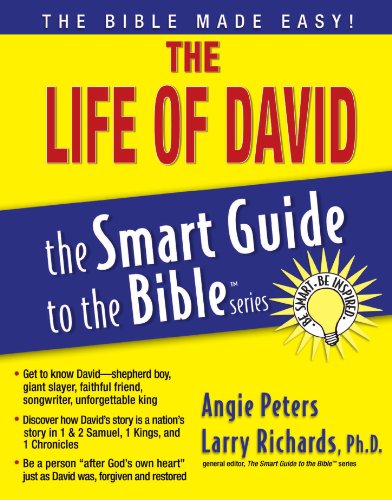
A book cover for The Life of David (The Smart Guide to the Bible Series); Angie Peters; Christian Books & Bibles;